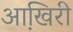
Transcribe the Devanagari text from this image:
आखि़री